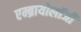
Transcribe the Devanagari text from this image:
एम्ब्रायोलॉजी